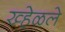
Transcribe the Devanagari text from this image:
ख्हेळले